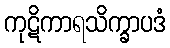
ကုဋိကာရသိက္ခာပဒံ